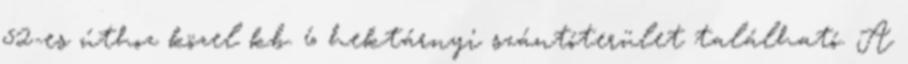
52-es úthoz közel kb. 6 hektárnyi szántóterület található. A